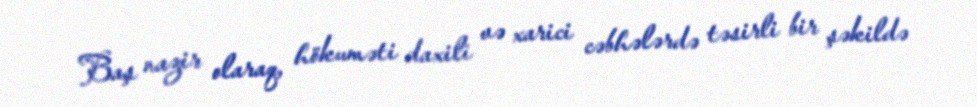
Baş nazir olaraq, hökuməti daxili və xarici cəbhələrdə təsirli bir şəkildə